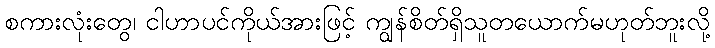
စကားလုံးတွေ၊ ငါဟာပင်ကိုယ်အားဖြင့် ကျွန်စိတ်ရှိသူတယောက်မဟုတ်ဘူးလို့